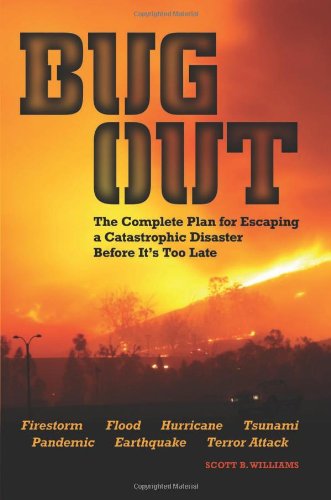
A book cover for Bug Out: The Complete Plan for Escaping a Catastrophic Disaster Before It's Too Late; Scott B. Williams; Sports & Outdoors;